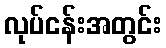
လုပ်ငန်းအတွင်း